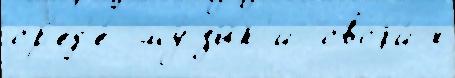
ср'ед'е́  му́зык'и своjи́х